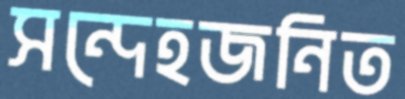
সন্দেহজনিত